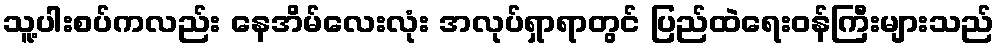
သူ့ပါးစပ်ကလည်း နေအိမ်လေးလုံး အလုပ်ရှာရာတွင် ပြည်ထဲရေးဝန်ကြီးများသည်